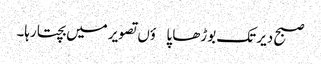
صبح دیر تک بوڑھا پاؤں تصویر میں بچتا رہا۔